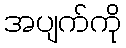
အပျက်ကို